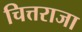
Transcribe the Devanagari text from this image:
चित्तराजा